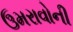
ઉમરાવોની